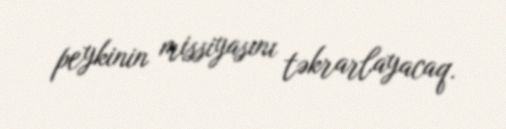
peykinin missiyasını təkrarlayacaq.